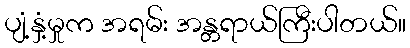
ပျံ့နှံ့မှုက အရမ်း အန္တရာယ်ကြီးပါတယ်။